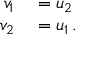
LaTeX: \begin{array} { r l } { v _ { 1 } } & { { } = u _ { 2 } } \\ { v _ { 2 } } & { { } = u _ { 1 } \, . } \end{array}